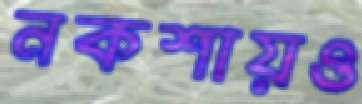
নকশায়ও